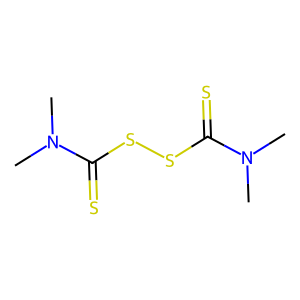
SMILES: CN(C)C(=S)SSC(=S)N(C)C
Inhibits HIV replication: No